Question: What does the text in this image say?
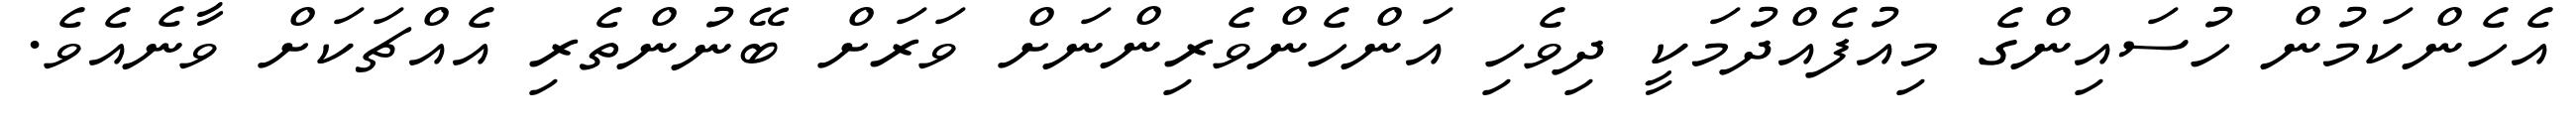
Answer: އެހެންކަމުން ހުސައިންގެ މިއުފެއްދުމަކީ ދިވެހި އަންހެންވެރިންނަށް ވަރަށް ބޭނުންތެރި އެއްޗަކަށް ވާނެއެވެ.